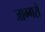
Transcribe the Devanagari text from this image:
जाग्गरों